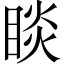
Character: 睒